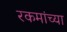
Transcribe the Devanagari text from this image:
रकमांच्या